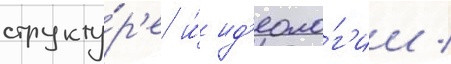
структу́р'е и́ ид'еоло́г'ии /